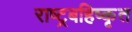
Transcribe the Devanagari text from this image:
राष्ट्रबहिष्कृत